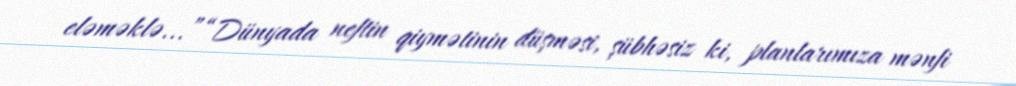
eləməklə...”“Dünyada neftin qiymətinin düşməsi, şübhəsiz ki, planlarımıza mənfi